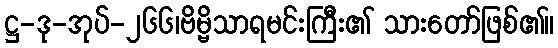
ဋ္ဌ-ဒု-အုပ်-၂၆၆၊ဗိမ္ဗိသာရမင်းကြီး၏ သားတော်ဖြစ်၏။